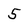
Character: 5